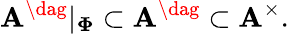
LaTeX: \mathbf{A}^{\dag}|_{\mathbf{\Phi}}\subset\mathbf{A}^{\dag}\subset\mathbf{A}^{\times}.